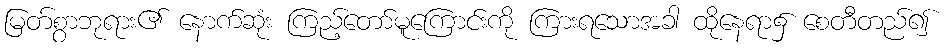
မြတ်စွာဘုရား၏ နောက်ဆုံး ကြည့်တော်မူကြောင်းကို ကြားရသောအခါ ထိုနေရာ၌ စေတီတည်၍